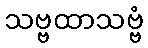
သဗ္ဗထာသဗ္ဗံ